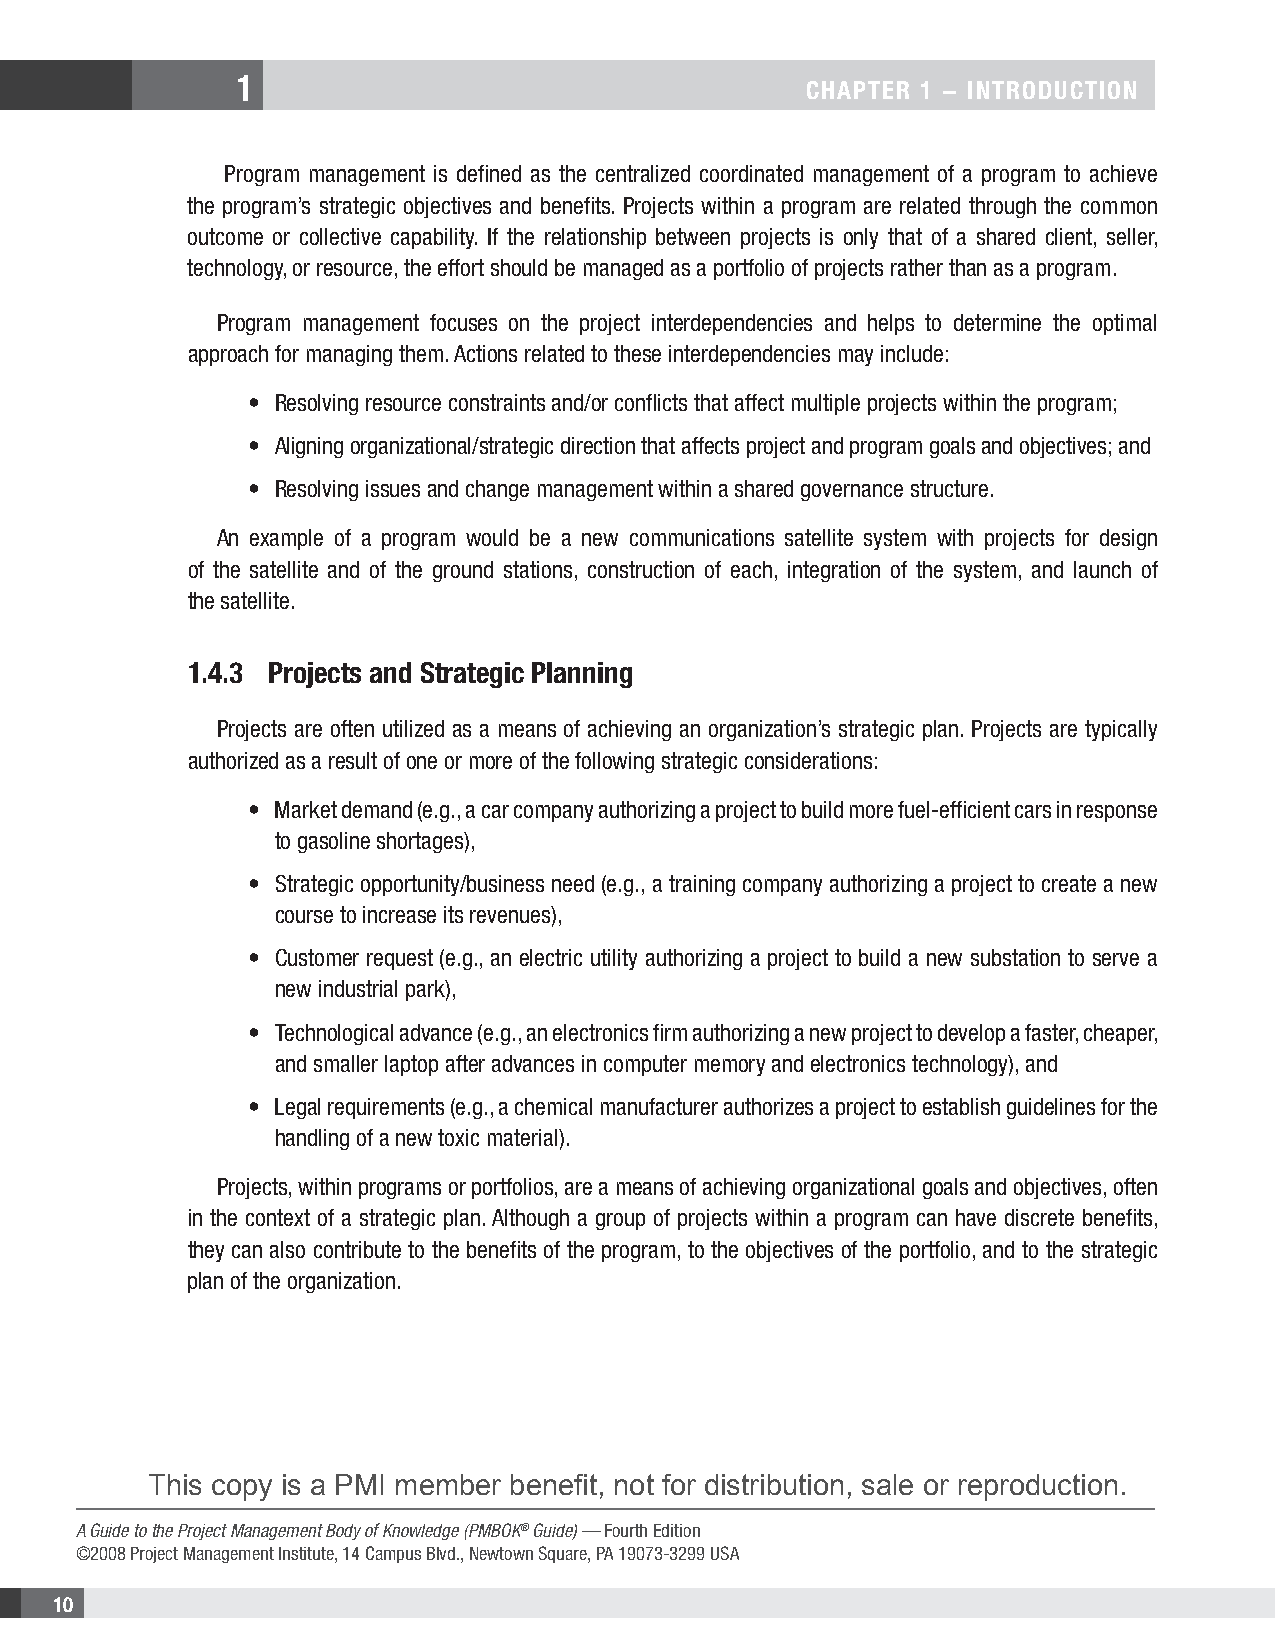
1
 CHAPTER 1 − INTRODUCTION
 Program management is defined as the centralized coordinated management of a program to achieve
 the program’s strategic objectives and benefits. Projects within a program are related through the common
 outcome or collective capability. If the relationship between projects is only that of a shared client, seller,
 technology, or resource, the effort should be managed as a portfolio of projects rather than as a program.
 Program management focuses on the project interdependencies and helps to determine the optimal
 approach for managing them. Actions related to these interdependencies may include:
 • Resolving resource constraints and/or conflicts that affect multiple projects within the program;
 • Aligning organizational/strategic direction that affects project and program goals and objectives; and
 • Resolving issues and change management within a shared governance structure.
 An example of a program would be a new communications satellite system with projects for design
 of the satellite and of the ground stations, construction of each, integration of the system, and launch of
 the satellite.
 1.4.3 Projects and Strategic Planning
 Projects are often utilized as a means of achieving an organization’s strategic plan. Projects are typically
 authorized as a result of one or more of the following strategic considerations:
 • Market demand (e.g., a car company authorizing a project to build more fuel-efficient cars in response
 to gasoline shortages),
 • Strategic opportunity/business need (e.g., a training company authorizing a project to create a new
 course to increase its revenues),
 • Customer request (e.g., an electric utility authorizing a project to build a new substation to serve a
 new industrial park),
 • Technological advance (e.g., an electronics firm authorizing a new project to develop a faster, cheaper,
 and smaller laptop after advances in computer memory and electronics technology), and
 • Legal requirements (e.g., a chemical manufacturer authorizes a project to establish guidelines for the
 handling of a new toxic material).
 Projects, within programs or portfolios, are a means of achieving organizational goals and objectives, often
 in the context of a strategic plan. Although a group of projects within a program can have discrete benefits,
 they can also contribute to the benefits of the program, to the objectives of the portfolio, and to the strategic
 plan of the organization.
 This copy is a PMI member benefit, not for distribution, sale or reproduction.
 A Guide to the Project Management Body of Knowledge (PMBOK® Guide) — Fourth Edition
 ©2008 Project Management Institute, 14 Campus Blvd., Newtown Square, PA 19073-3299 USA
 10